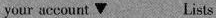
your account Lists